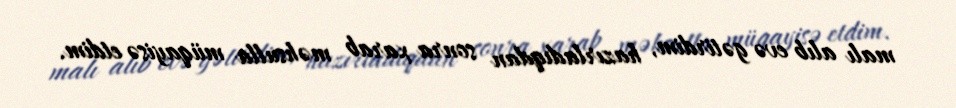
malı alıb evə gətirdim, hazırladıqdan sonra xarab məhsulla müqayisə etdim.